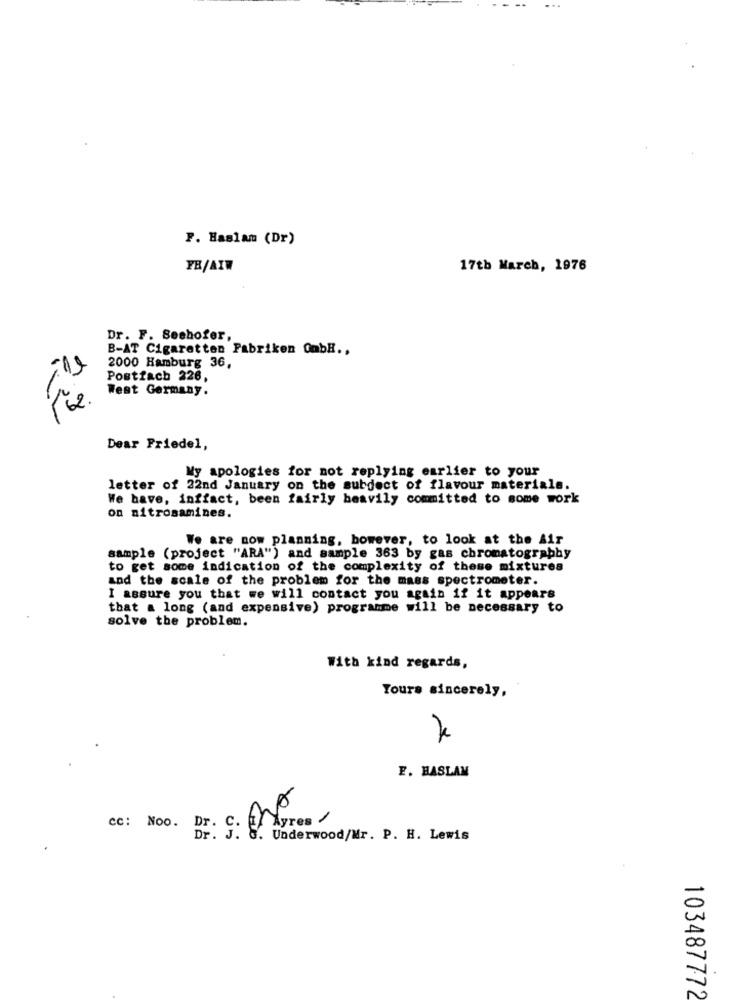
...
F. Haslam (Dr)
FR/AIW
17th March, 1976
Dr. F. Seehofer,
B-AT Cigaretten Fabriken GmbH .,
2000 Hamburg 36,
Postfach 226,
West Germany.
62
Dear Friedel,
My apologies for not replying earlier to your
letter of 22nd January on the subject of flavour materials.
We have, inffact, been fairly beavily committed to some work
on nitrosamines.
We are now planning, however, to look at the Air
sample (project "ARA") and sample 363 by gas chromatography
to get some indication of the complexity of these mixtures
and the scale of the problem for the mass spectrometer.
I assure you that we will contact you again if it appears
that a long (and expensive) programme will be necessary to
solve the problem.
With kind regards,
Yours sincerely,
F. HASLAM
no
Dr: S: / Ayres /
cc: Noo.
G. Underwood/Mr. P. H. Lewis
103487772